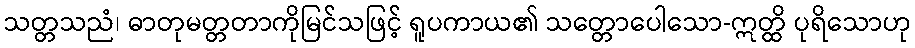
သတ္တသညံ၊ ဓာတုမတ္တတာကိုမြင်သဖြင့် ရူပကာယ၏ သတ္တောပေါသော-ဣတ္ထိ ပုရိသောဟု